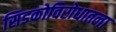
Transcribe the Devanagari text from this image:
सिडकोविरोधातला